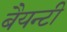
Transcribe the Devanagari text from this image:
बैयन्टी